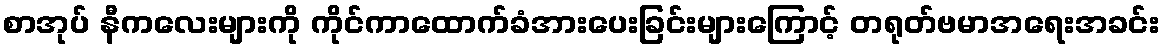
စာအုပ် နီကလေးများကို ကိုင်ကာထောက်ခံအားပေးခြင်းများကြောင့် တရုတ်ဗမာအရေးအခင်း